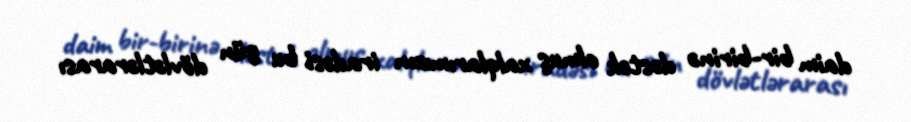
daim bir-birinə dəstək olmuş xalqlarımızın iradəsi bu gün dövlətlərarası